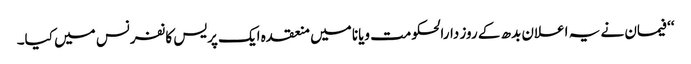
‘‘ فیمان نے یہ اعلان بدھ کے روز دارالحکومت ویانا میں منعقدہ ایک پریس کانفرنس میں کیا۔